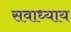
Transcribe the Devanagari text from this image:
सवाध्याय